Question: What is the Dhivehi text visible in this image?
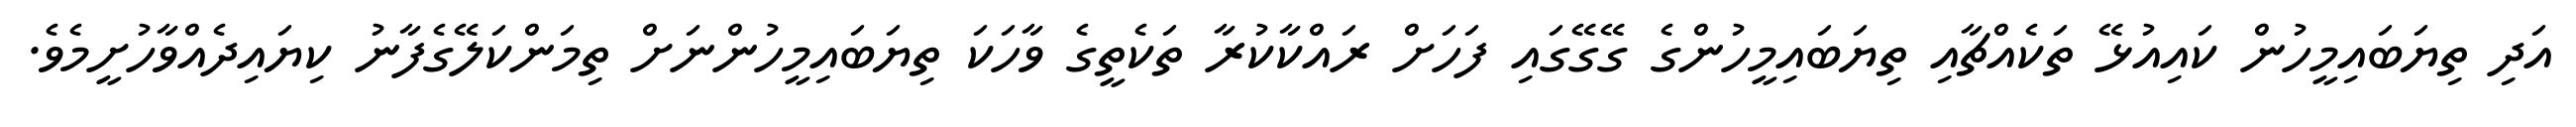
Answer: އަދި ތިޔަބައިމީހުން ކައިއުޅޭ ތަކެއްޗާއި ތިޔަބައިމީހުންގެ ގޭގޭގައި ފަހަށް ރައްކާކުރާ ތަކެތީގެ ވާހަކަ ތިޔަބައިމީހުންނަށް ތިމަންކަލޭގެފާނު ކިޔައިދެއްވާހުށީމެވެ.